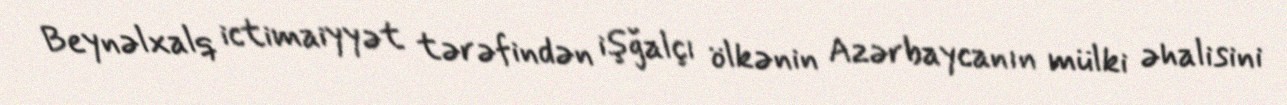
Beynəlxalq ictimaiyyət tərəfindən işğalçı ölkənin Azərbaycanın mülki əhalisini